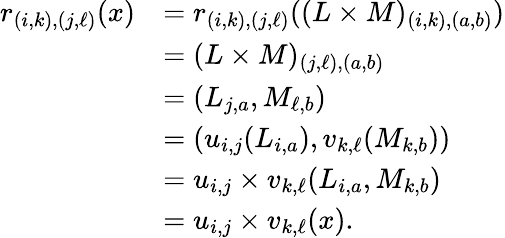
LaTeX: \begin{array}{rl}{r_{(i,k),(j,\ell)}(x)}&{=r_{(i,k),(j,\ell)}((L\times M)_{(i,k),(a,b)})}\\ &{=(L\times M)_{(j,\ell),(a,b)}}\\ &{=(L_{j,a},M_{\ell,b})}\\ &{=(u_{i,j}(L_{i,a}),v_{k,\ell}(M_{k,b}))}\\ &{=u_{i,j}\times v_{k,\ell}(L_{i,a},M_{k,b})}\\ &{=u_{i,j}\times v_{k,\ell}(x).}\end{array}